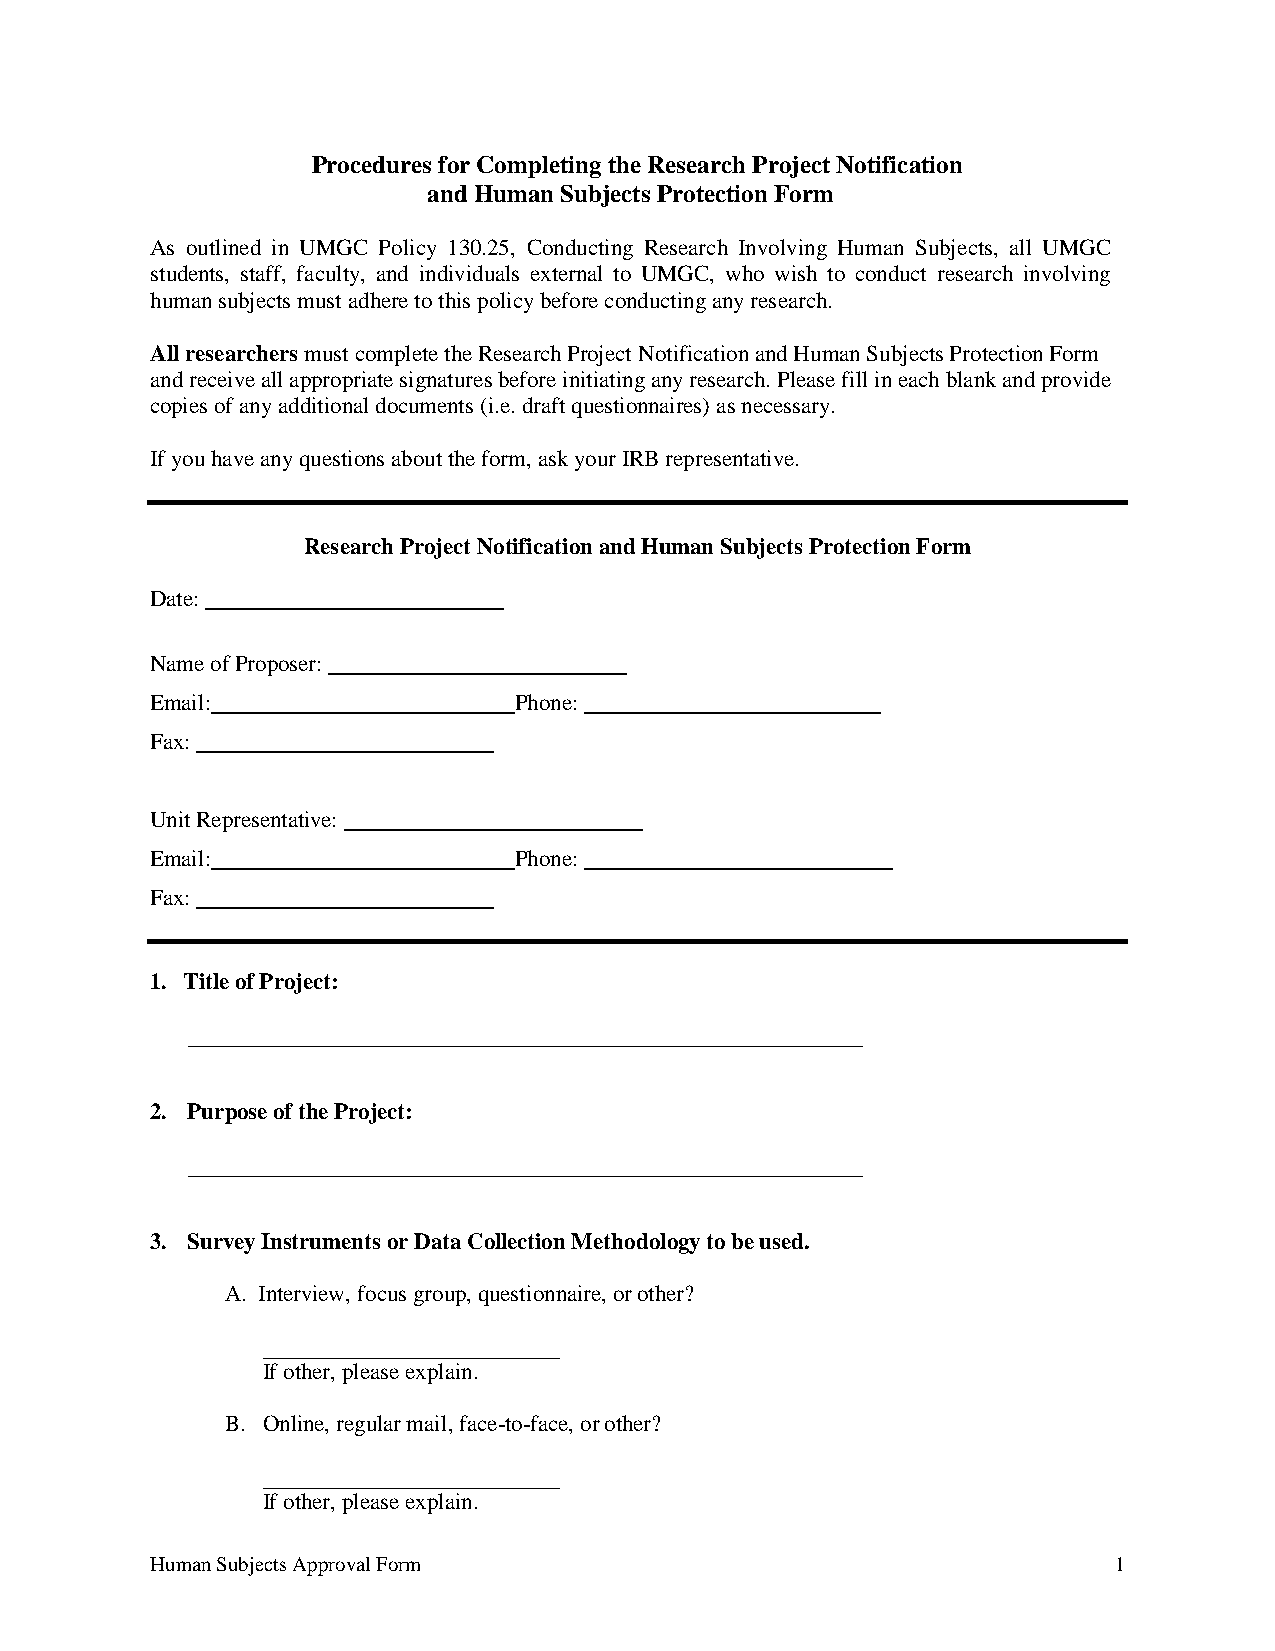
Procedures for Completing the Research Project Notification
 and Human Subjects Protection Form
 As outlined in UMGC Policy 130.25, Conducting Research Involving Human Subjects, all UMGC
 students, staff, faculty, and individuals external to UMGC, who wish to conduct research involving
 human subjects must adhere to this policy before conducting any research.
 All researchers must complete the Research Project Notification and Human Subjects Protection Form
 and receive all appropriate signatures before initiating any research. Please fill in each blank and provide
 copies of any additional documents (i.e. draft questionnaires) as necessary.
 If you have any questions about the form, ask your IRB representative.
 Research Project Notification and Human Subjects Protection Form
 Date:
 Name of Proposer:
 Email:                  Phone:
 Fax:
 Unit Representative:
 Email:                  Phone:
 Fax:
 1. Title of Project:
 2. Purpose of the Project:
 3. Survey Instruments or Data Collection Methodology to be used.
 A. Interview, focus group, questionnaire, or other?
 If other, please explain.
 B. Online, regular mail, face-to-face, or other?
 If other, please explain.
 Human Subjects Approval Form                                    1